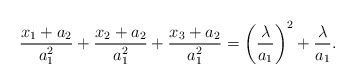
\begin{align*}\frac{x_1+a_2}{a_1^2}+\frac{x_2+a_2}{a_1^2}+\frac{x_3+a_2}{a_1^2}=\left(\frac{\lambda}{a_1}\right)^2+\frac{\lambda}{a_1}.\end{align*}